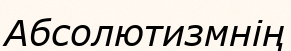
Абсолютизмнің